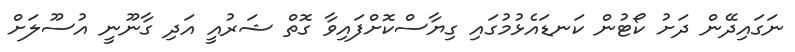
ނަގައިދޭން ދަށު ކޯޓުން ކަނޑައެޅުމުގައި ގިޔާސްކޮށްފައިވާ ގޮތް ޝަރުއީ އަދި ގާނޫނީ އުސޫލަށް